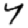
Digit: 7